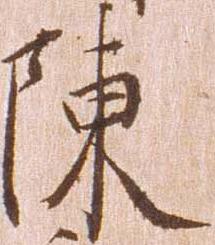
陳